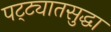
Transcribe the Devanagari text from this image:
पट्ट्यातसुद्धा